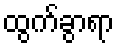
ထွက်ခွာရာ